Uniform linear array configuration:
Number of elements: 4
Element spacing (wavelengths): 0.75
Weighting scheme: blackman
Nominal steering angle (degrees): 0
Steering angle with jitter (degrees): -0.1292
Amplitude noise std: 0.05
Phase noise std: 0.05

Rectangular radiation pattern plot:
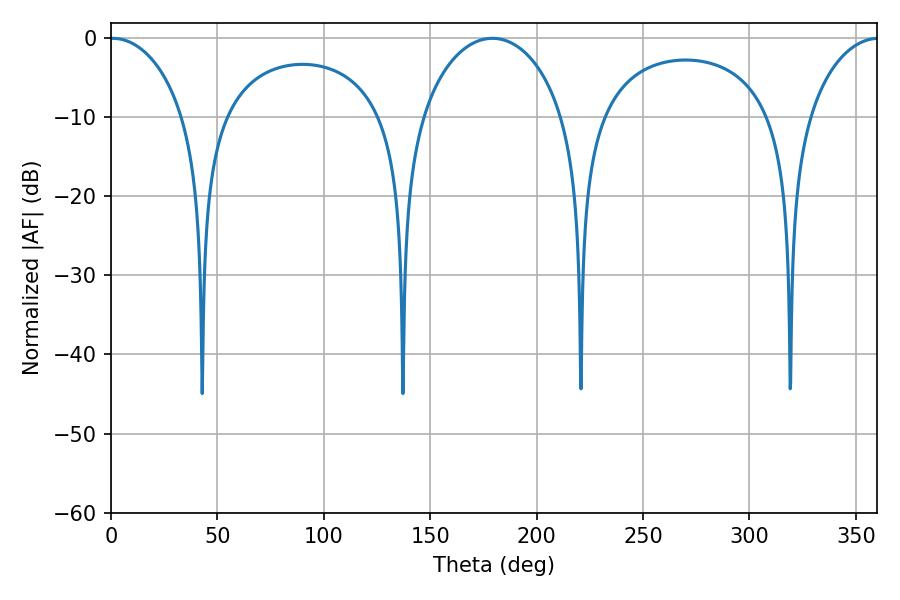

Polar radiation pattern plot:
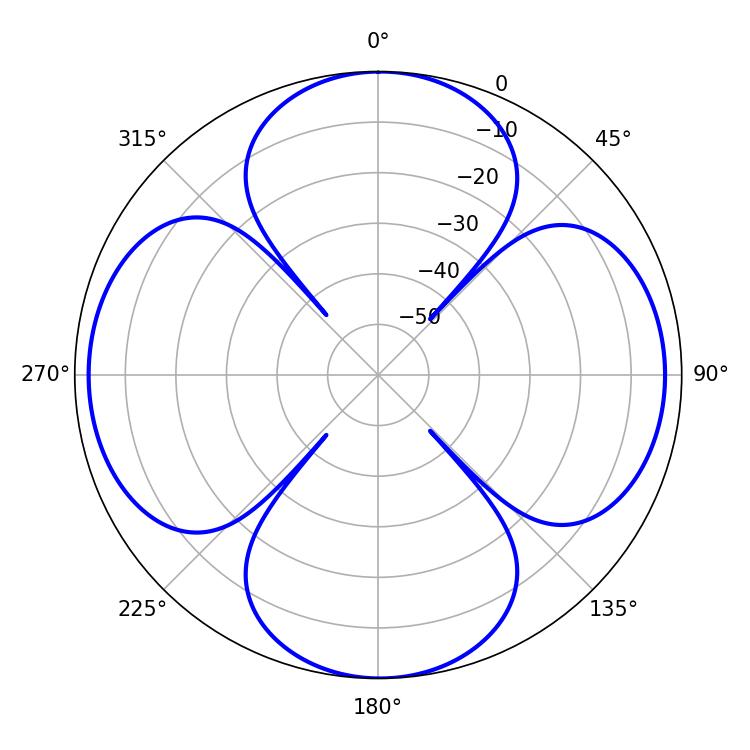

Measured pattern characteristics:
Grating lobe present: TRUE
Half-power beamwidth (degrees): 20.16
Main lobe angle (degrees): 0.72